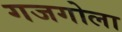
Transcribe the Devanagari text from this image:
गजगोला